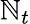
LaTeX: \mathbb{N}_{t}